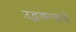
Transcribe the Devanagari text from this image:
उद्भवल्याचे